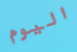
اليوم